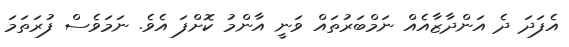
އެފަދަ ދެ އަންދާޒާއެއް ނަމްބަރުތައް ވަނީ އާންމު ކޮށްފަ އެވެ. ނަމަވެސް ފުރަތަމަ